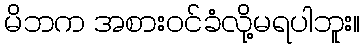
မိဘက အစားဝင်ခံလို့မရပါဘူး။